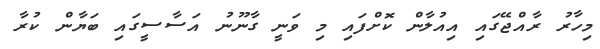
މިހާރު ރާއްޖޭގައި އިއުލާން ކޮށްފައި މި ވަނީ ގާނޫނު އަސާސީގައި ބަޔާން ކުރާ